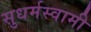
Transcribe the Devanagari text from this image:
सुधर्मस्वामी